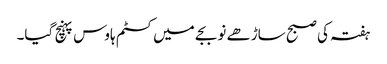
ہفتہ کی صبح ساڑھے نو بجے میں کسٹم ہاوس پہنچ گیا۔